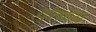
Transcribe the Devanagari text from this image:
दंतव्य